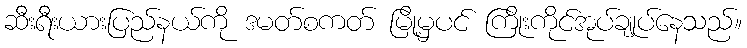
ဆီးရီးယားပြည်နယ်ကို ဒမတ်စကတ် မြို့မှပင် ကြိုးကိုင်အုပ်ချုပ်နေသည်။